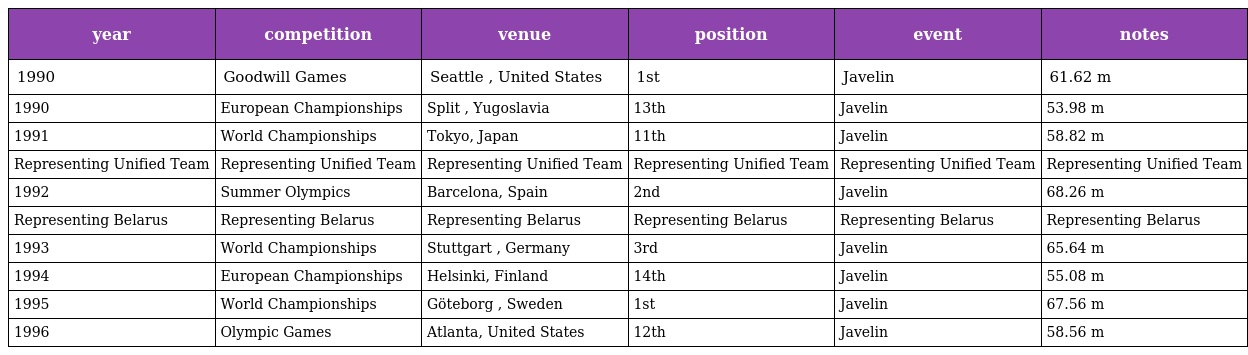
| year | competition | venue | position | event | notes |
 | --- | --- | --- | --- | --- | --- |
 | 1990 | Goodwill Games | Seattle , United States | 1st | Javelin | 61.62 m |
 | 1990 | European Championships | Split , Yugoslavia | 13th | Javelin | 53.98 m |
 | 1991 | World Championships | Tokyo, Japan | 11th | Javelin | 58.82 m |
 | Representing Unified Team | Representing Unified Team | Representing Unified Team | Representing Unified Team | Representing Unified Team | Representing Unified Team |
 | 1992 | Summer Olympics | Barcelona, Spain | 2nd | Javelin | 68.26 m |
 | Representing Belarus | Representing Belarus | Representing Belarus | Representing Belarus | Representing Belarus | Representing Belarus |
 | 1993 | World Championships | Stuttgart , Germany | 3rd | Javelin | 65.64 m |
 | 1994 | European Championships | Helsinki, Finland | 14th | Javelin | 55.08 m |
 | 1995 | World Championships | Göteborg , Sweden | 1st | Javelin | 67.56 m |
 | 1996 | Olympic Games | Atlanta, United States | 12th | Javelin | 58.56 m |